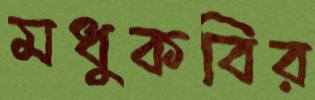
মধুকবির